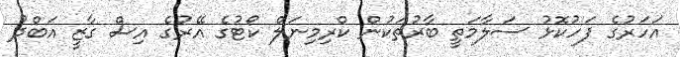
އަހަރުގެ ފަހުކޮޅު ސަލާމަތީ ބާރުތަކުން ކްރިމިނަލް ކޯޓުގެ އޭރުގެ އިސް ގާޒީ އަބްދު